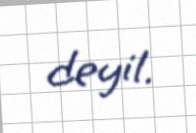
deyil.